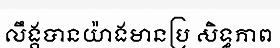
លឹង្គបានយ៉ាងមានប្រ សិទ្ធភាព